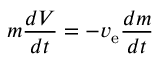
m { \frac { d V } { d t } } = - v _ { \mathrm { e } } { \frac { d m } { d t } }